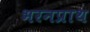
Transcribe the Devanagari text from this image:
भरनप्राथ